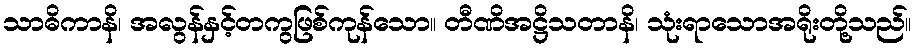
သာဓိကာနိ၊ အလွန်နှင့်တကွဖြစ်ကုန်သော။ တီဏိအဋ္ဌိသတာနိ၊ သုံးရာသောအရိုးတို့သည်။